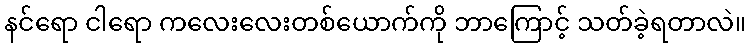
နင်ရော ငါရော ကလေးလေးတစ်ယောက်ကို ဘာကြောင့် သတ်ခဲ့ရတာလဲ။